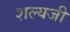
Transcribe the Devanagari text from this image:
शल्यजी